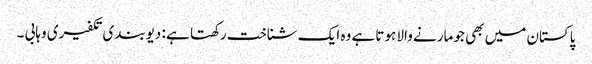
پاکستان میں بھی جو مارنے والا ہوتا ہے وہ ایک شناخت رکھتا ہے : دیوبندی تکفیری وہابی ۔